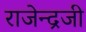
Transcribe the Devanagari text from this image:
राजेन्द्रजी